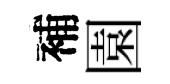
補園